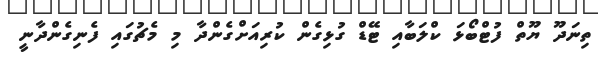
ތިނަދޫ ޔޫތް ފުޓްބޯޅަ ކްލަބާއި ޓޭޑް ގުޅިގެން ކުރިއަށްގެންދާ މި މެޗުގައި ފެނިގެންދާނީ